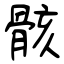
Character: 骸